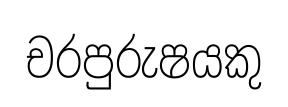
චරපුරුෂයකු